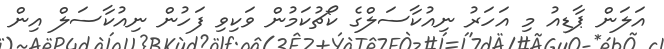
އަލަން ޕާޑިއު މި އަހަރު ނިއުކާސަލްގެ ކޯޗުކަމުން ވަކިވި ފަހުން ނިއުކާސަލް އިން